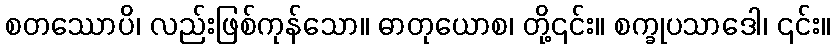
စတဿောပိ၊ လည်းဖြစ်ကုန်သော။ ဓာတုယောစ၊ တို့၎င်း။ စက္ခုပသာဒေါ၊ ၎င်း။